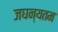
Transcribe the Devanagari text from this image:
जघन्यतम